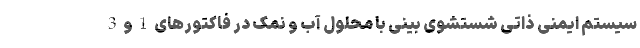
سیستم ایمنی ذاتی شستشوی بینی با محلول آب و نمک در فاکتورهای 1 و 3